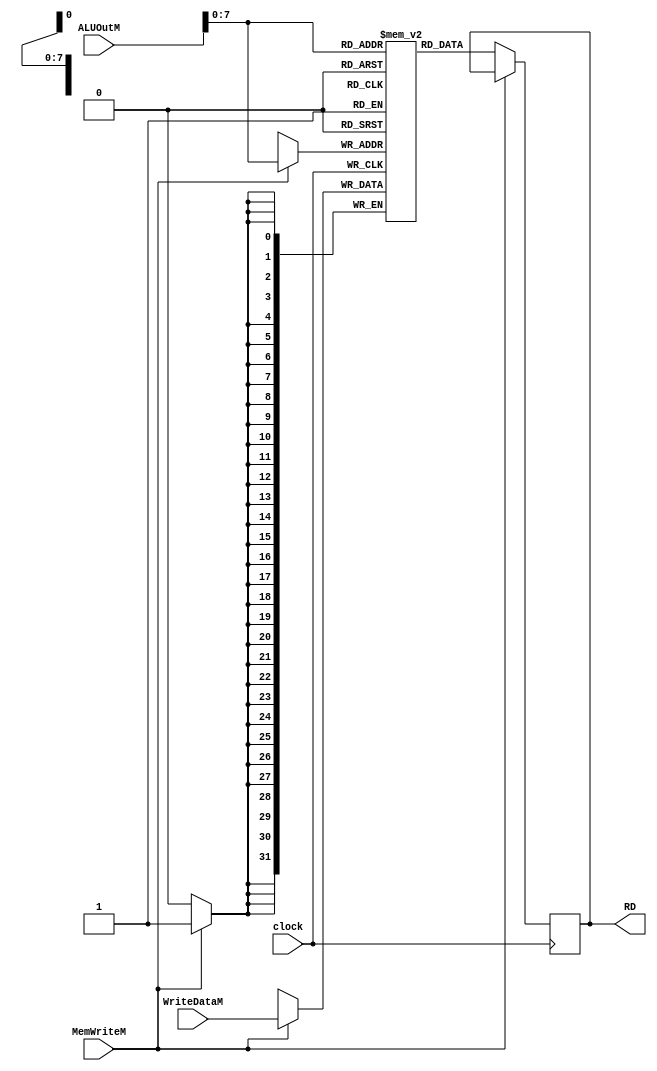

/*
    Module: Data memory
    Implement data memory.

    Note: For ease of test, MEM[x] = x.
*/
module dataMem (
    input wire clock,
    input wire [31:0] ALUOutM,       // Memory Address
    input wire [31:0] WriteDataM,    // Memory Address Contents
    input wire MemWriteM,
    output reg [31:0] RD      // Output of Memory Address Contents
);

    reg [31:0] MEM[0:255];  // 256 words of 32-bit memory

    integer i;

    initial
        begin
            RD <= 0;
            for (i = 0; i < 256; i = i + 1) begin
            MEM[i] = i;
            end
        end

    always @(negedge clock) 
        begin
            if (MemWriteM == 1'b1) begin
                MEM[ALUOutM] <= WriteDataM;
            end

            else begin
                RD <= MEM[ALUOutM];
            end
        end

endmodule